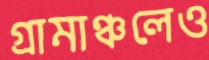
গ্রামাঞ্চলেও